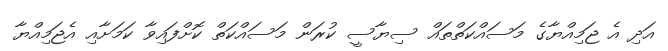
އަދި އެ ޖަމިއްޔާގެ މަސައްކަތްތައް ސިޔާސީ ކުރަން މަސައްކަތް ކޮށްފައިވާ ކަމަށާއި އެޖަމިއްޔާ